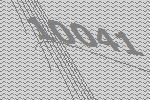
10041